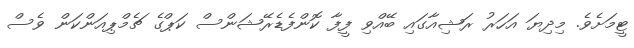
ޓީމަށެވެ. މިދިޔަ އަހަރު ރަޝިއާގައި ބޭއްވި ފީފާ ކޮންފެޑެރޭޝަންސް ކަޕްގެ ޗެމްޕިއަންކަން ވެސް